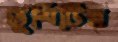
ভূমিটির